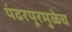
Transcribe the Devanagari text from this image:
पंढरपूरमुळेच